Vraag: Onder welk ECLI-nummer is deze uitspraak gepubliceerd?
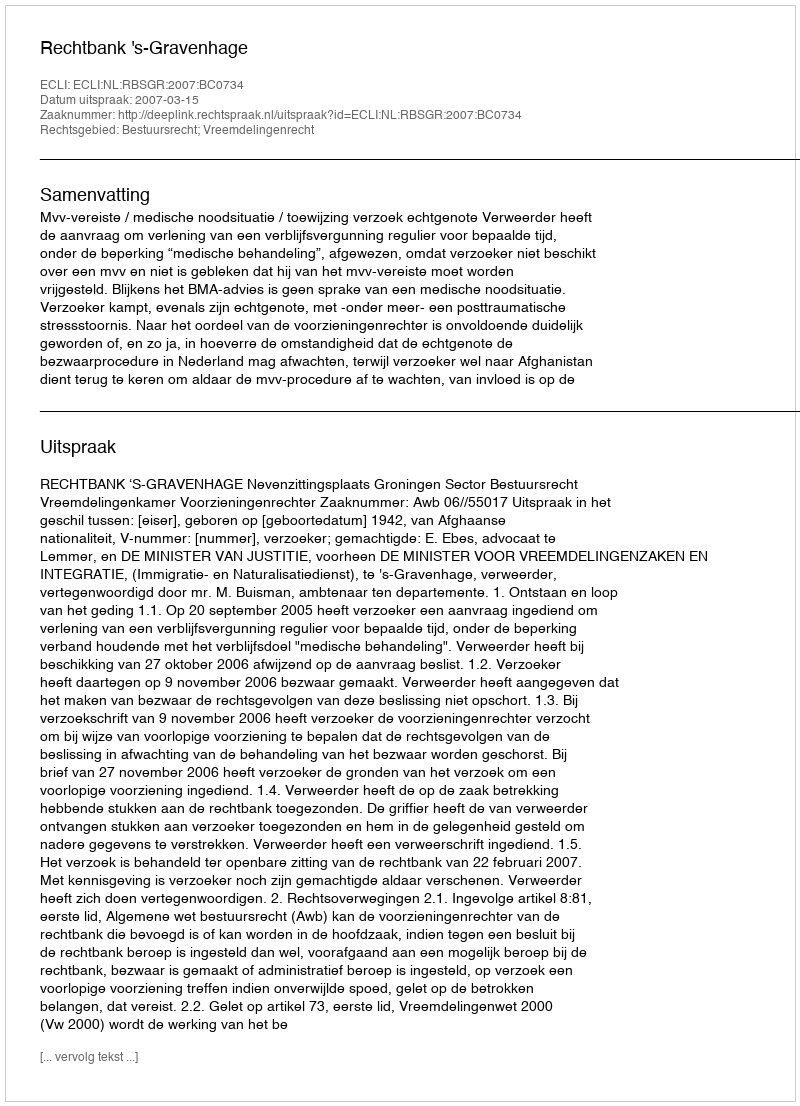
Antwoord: ECLI:NL:RBSGR:2007:BC0734